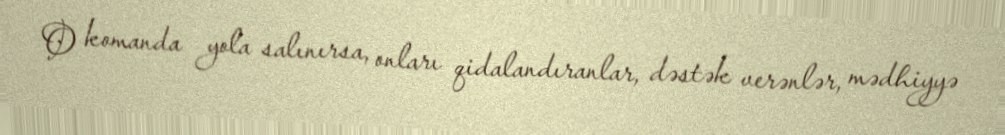
O komanda yola salınırsa, onları qidalandıranlar, dəstək verənlər, mədhiyyə